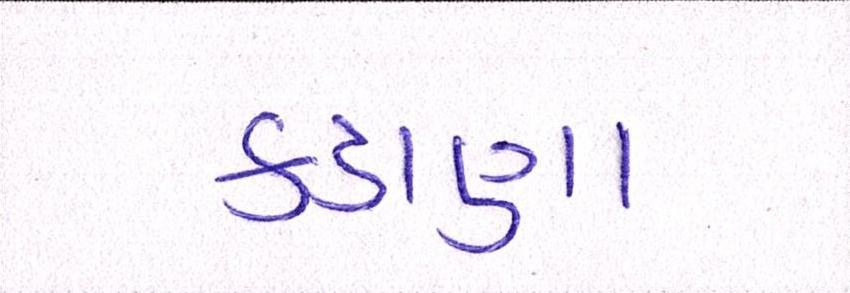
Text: કડાણા